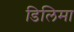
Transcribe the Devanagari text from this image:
डिलिमा